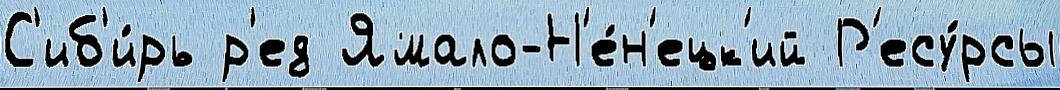
С'иб'и́рь р'ед Ямало-Н'е́н'ецк'ий Р'есу́рсы